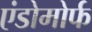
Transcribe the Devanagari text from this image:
एंडोमोर्फ